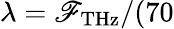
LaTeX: \lambda=\mathscr{F}_{\mathrm{{THz}}}/(70